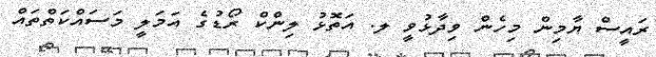
ރައީސް ޔާމިން މިހެން ވިދާޅުވީ ލ. އަތޮޅު ލިންކް ރޯޑުގެ އަމަލީ މަސައްކަތްތައް